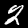
Label: 2